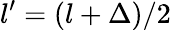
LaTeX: l^{\prime}=(l+\Delta)/2